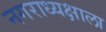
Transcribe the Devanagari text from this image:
नगराध्यक्षाला